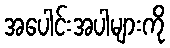
အပေါင်းအပါများကို